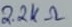
Text: 2.2KΩ